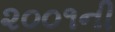
૨૦૦૧ની